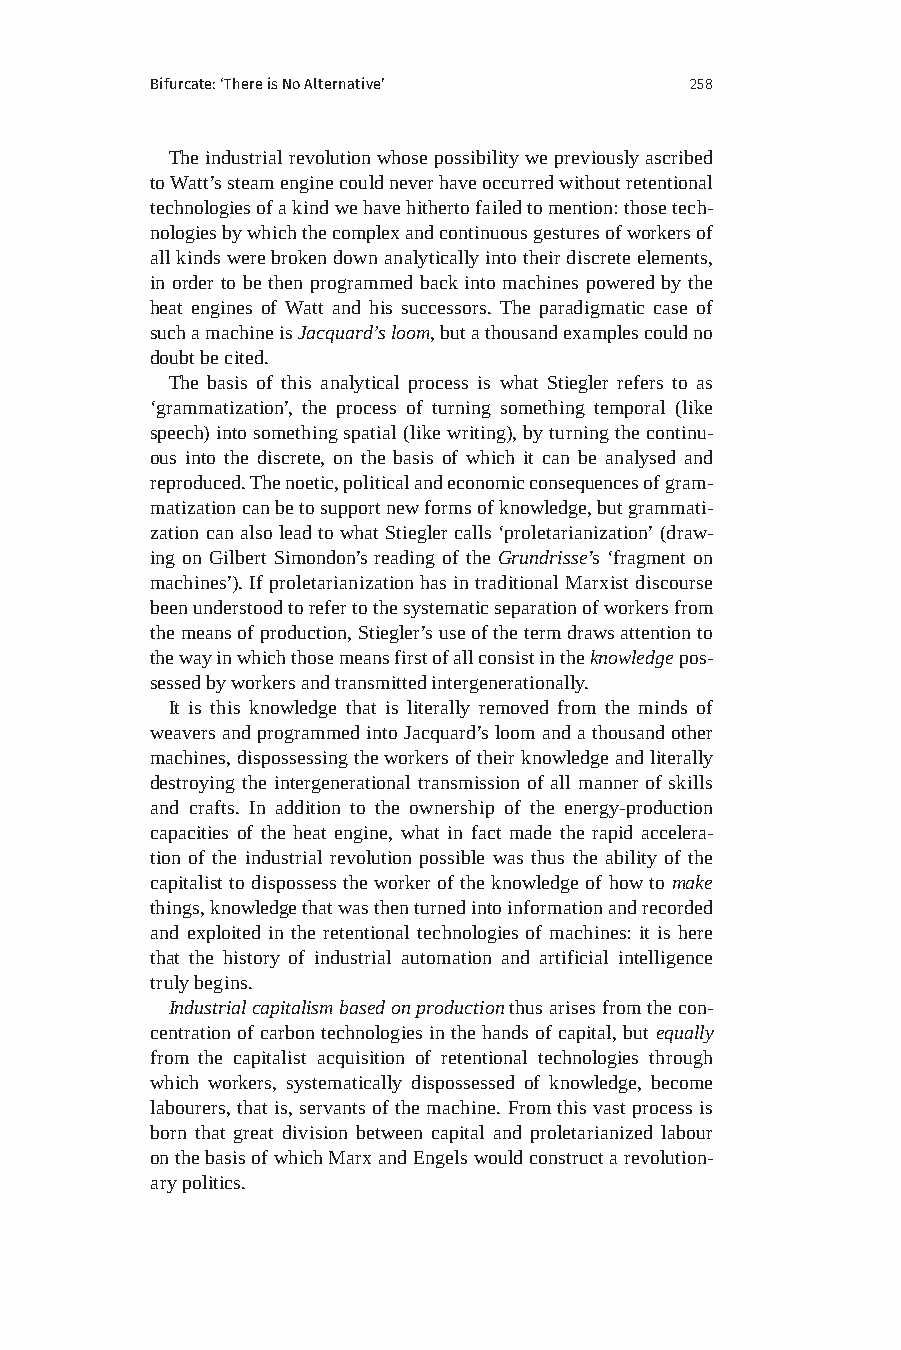
Bifurcate: ‘There is No Alternative’ 258
 The industrial revolution whose possibility we previously ascribed
 to Watt’s steam engine could never have occurred without retentional
 technologies of a kind we have hitherto failed to mention: those tech-
 nologies by which the complex and continuous gestures of workers of
 all kinds were broken down analytically into their discrete elements,
 in order to be then programmed back into machines powered by the
 heat engines of Watt and his successors. The paradigmatic case of
 such a machine is Jacquard’s loom, but a thousand examples could no
 doubt be cited.
 The basis of this analytical process is what Stiegler refers to as
 ‘grammatization’, the process of turning something temporal (like
 speech) into something spatial (like writing), by turning the continu-
 ous into the discrete, on the basis of which it can be analysed and
 reproduced. The noetic, political and economic consequences of gram-
 matization can be to support new forms of knowledge, but grammati-
 zation can also lead to what Stiegler calls ‘proletarianization’ (draw-
 ing on Gilbert Simondon’s reading of the Grundrisse’s ‘fragment on
 machines’). If proletarianization has in traditional Marxist discourse
 been understood to refer to the systematic separation of workers from
 the means of production, Stiegler’s use of the term draws attention to
 the way in which those means first of all consist in the knowledge pos-
 sessed by workers and transmitted intergenerationally.
 It is this knowledge that is literally removed from the minds of
 weavers and programmed into Jacquard’s loom and a thousand other
 machines, dispossessing the workers of their knowledge and literally
 destroying the intergenerational transmission of all manner of skills
 and crafts. In addition to the ownership of the energy-production
 capacities of the heat engine, what in fact made the rapid accelera-
 tion of the industrial revolution possible was thus the ability of the
 capitalist to dispossess the worker of the knowledge of how to make
 things, knowledge that was then turned into information and recorded
 and exploited in the retentional technologies of machines: it is here
 that the history of industrial automation and artificial intelligence
 truly begins.
 Industrial capitalism based on production thus arises from the con-
 centration of carbon technologies in the hands of capital, but equally
 from the capitalist acquisition of retentional technologies through
 which workers, systematically dispossessed of knowledge, become
 labourers, that is, servants of the machine. From this vast process is
 born that great division between capital and proletarianized labour
 on the basis of which Marx and Engels would construct a revolution-
 ary politics.